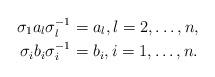
LaTeX: \begin{align*} \sigma_1 a_l \sigma_l^{-1} &= a_l, l=2, \dots, n, \\ \sigma_i b_i \sigma_i^{-1} &= b_i, i=1, \dots, n. \end{align*}